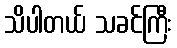
သိပါတယ် သခင်ကြီး